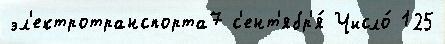
эл'ектротранспорта7 с'ент'ябр'я́ Число́ 125